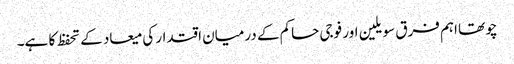
چوتھا اہم فرق سویلین اور فوجی حاکم کے درمیان اقتدار کی میعاد کے تحفظ کا ہے۔